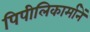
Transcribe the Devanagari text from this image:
पिपीलिकार्मानें